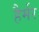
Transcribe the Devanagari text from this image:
हैर्मर